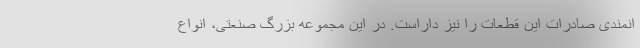
انمندی صادرات این قطعات را نیز داراست. در این مجموعه بزرگ صنعتی، انواع